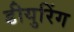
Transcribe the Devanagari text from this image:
डीयुरिंग